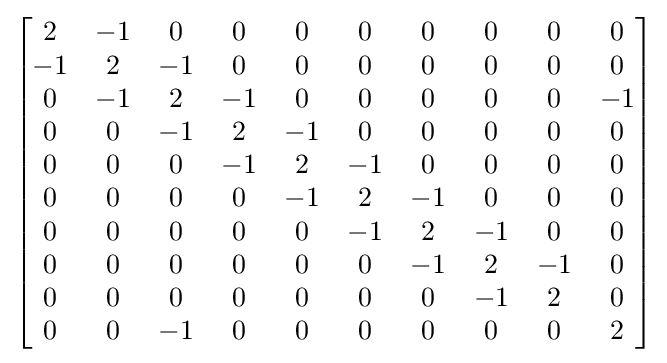
\left[{\begin{matrix}2&-1&0&0&0&0&0&0&0&0\\-1&2&-1&0&0&0&0&0&0&0\\0&-1&2&-1&0&0&0&0&0&-1\\0&0&-1&2&-1&0&0&0&0&0\\0&0&0&-1&2&-1&0&0&0&0\\0&0&0&0&-1&2&-1&0&0&0\\0&0&0&0&0&-1&2&-1&0&0\\0&0&0&0&0&0&-1&2&-1&0\\0&0&0&0&0&0&0&-1&2&0\\0&0&-1&0&0&0&0&0&0&2\end{matrix}}\right]